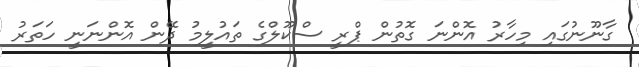
ގާނޫނުގައި މިހާރު އޮންނަ ގޮތުން ޕްރީ ސްކޫލްގެ ތައުލީމު ދޭން އޮންނަނީ ހަތަރު